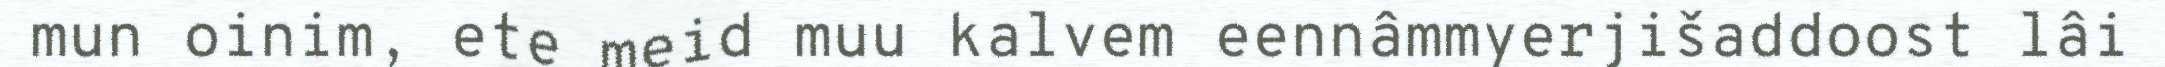
mun oinim, ete meid muu kalvem eennâmmyerjišaddoost lâi